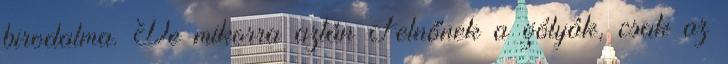
birodalma. De mikorra aztán Felnőnek a gólyák, csak az